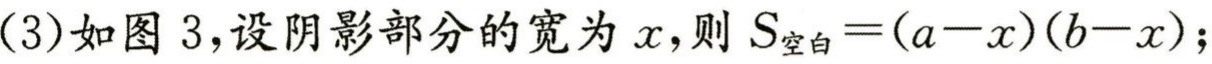
(3)如图 3,设阴影部分的宽为 \(x\),则 \(S_{空白}=(a - x)(b - x)\);